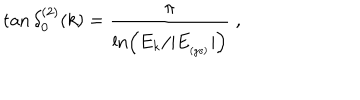
\tan \delta _ { 0 } ^ { ( 2 ) } ( k ) = \frac { \pi } { \ln \left( E _ { k } / | E _ { _ \mathrm { ( g s ) } } | \right) } \; ,